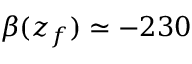
\beta ( z _ { f } ) \simeq - 2 3 0